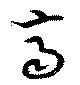
齊